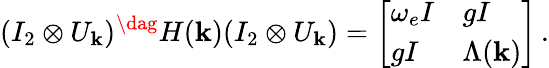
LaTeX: (I_{2}\otimes U_{\mathbf{k}})^{\dag}H(\mathbf k)(I_{2}\otimes U_{\mathbf{k}})=\left[\begin{array}{ll}{\omega_{e}I}&{gI}\\ {gI}&{\Lambda(\mathbf k)}\end{array}\right]\, .